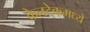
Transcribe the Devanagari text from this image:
केलटेकमध्ये